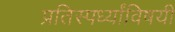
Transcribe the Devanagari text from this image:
प्रतिस्पर्ध्यांविषयी